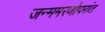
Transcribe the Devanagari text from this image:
जन्ममरणोपरांत